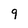
Character: 9